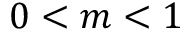
0 < m < 1